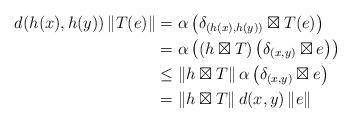
LaTeX: \begin{align*}d(h(x),h(y))\left\|T(e)\right\|&=\alpha\left(\delta_{(h(x),h(y))}\boxtimes T(e)\right)\\&=\alpha\left((h\boxtimes T)\left(\delta_{(x,y)}\boxtimes e\right)\right)\\&\leq\left\|h\boxtimes T\right\|\alpha\left(\delta_{(x,y)}\boxtimes e\right)\\&=\left\|h\boxtimes T\right\|d(x,y)\left\|e\right\|\end{align*}